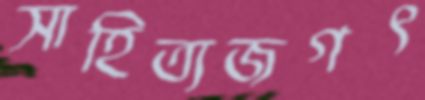
সাহিত্যজগৎ